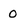
Character: 0